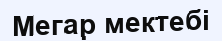
Мегар мектебі